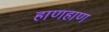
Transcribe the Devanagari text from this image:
हाणहाण